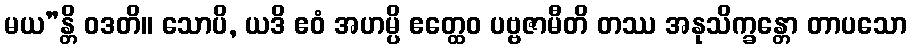
မယ”န္တိ ဝဒတိ။ သောပိ, ယဒိ ဧဝံ အဟမ္ပိ ဧတ္ထေဝ ပဗ္ဗဇာမီတိ တဿ အနုသိက္ခန္တော တာပသော